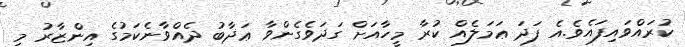
ކުރައްވައިފައެވެ.އެ ފަދަ ޢަމަލެއް ކުރާ މީހާއަށް ގަދަވެގެންވާ ޢަޛާބު ދެއްވާނެކަމުގެ އިންޒާރު މި